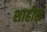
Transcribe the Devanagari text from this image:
शाहीस